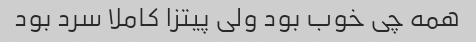
همه چی خوب بود ولی پیتزا کاملا سرد بود